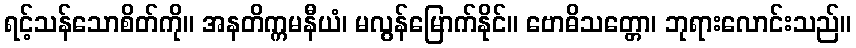
ရင့်သန်သောစိတ်ကို။ အနတိက္ကမနီယံ၊ မလွန်မြောက်နိုင်။ ဗောဓိသတ္တော၊ ဘုရားလောင်းသည်။